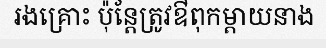
រងគ្រោះ ប៉ុន្តែត្រូវឳពុកម្តាយនាង